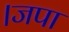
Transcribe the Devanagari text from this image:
।जपा